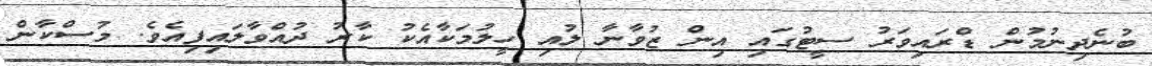
ބުނެދިނުމުން ޑްރައިވަރު ސީޓުގައި އިން ޒުވާނާ ލުއި ހީލުމަކާއެކު ކާރު ދުއްވާލައިފިއެވެ. މުސްކާން